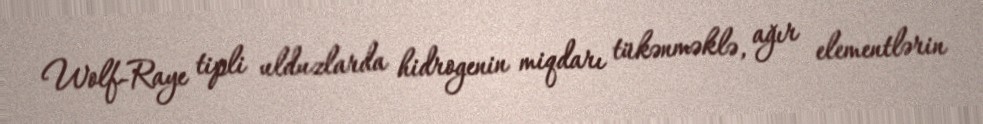
Wolf-Raye tipli ulduzlarda hidrogenin miqdarı tükənməklə, ağır elementlərin